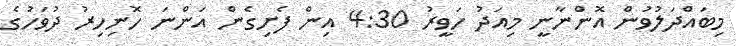
މިބައްދަލުވުން އޮންނާނީ މިއަދު ހަވީރު 4:30 އިން ފެށިގެން އަންނަ ހޮނިހިރު ދުވަހުގެ